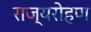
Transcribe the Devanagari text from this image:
राज्यरोहण